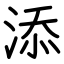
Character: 添